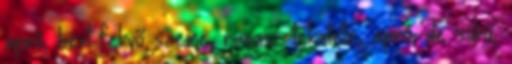
apró, bent fekvő szeme, ravasz tekintete, apró, de sűrű,